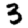
Digit: 3